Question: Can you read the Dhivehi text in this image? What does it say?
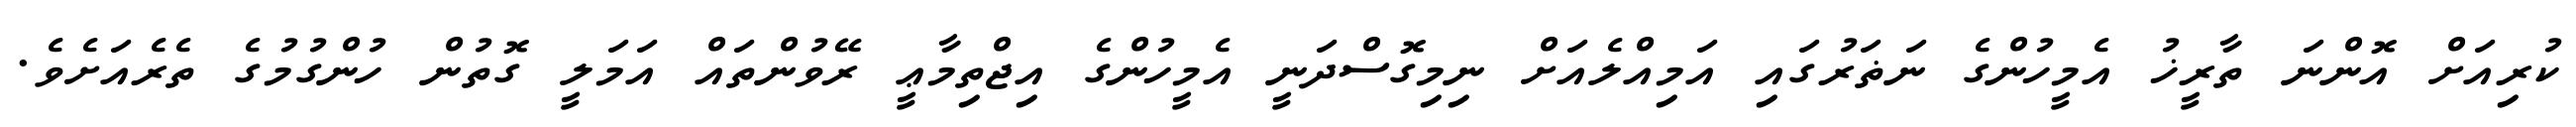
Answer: ކުރިއަށް އޮންނަ ތާރީޚު އެމީހުންގެ ނަޡަރުގައި އަމިއްލެއަށް ނިމިގޮސްދަނީ އެމީހުންގެ އިޖްތިމާޢީ ރޭވުންތައް އަމަލީ ގޮތުން ހުންގުމުގެ ތެރެއަށެވެ.